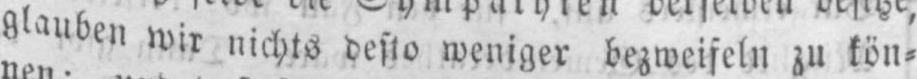
glauben wir nichts desto weniger bezweifeln zu kön⸗